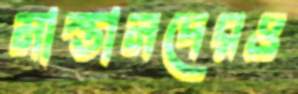
মাস্তানদেরও